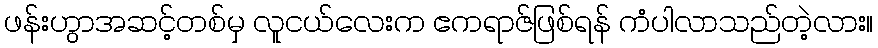
ဖန်းဟွာအဆင့်တစ်မှ လူငယ်လေးက ဧကရာဇ်ဖြစ်ရန် ကံပါလာသည်တဲ့လား။